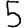
Digit: 5